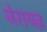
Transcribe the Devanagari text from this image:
जेरायज़